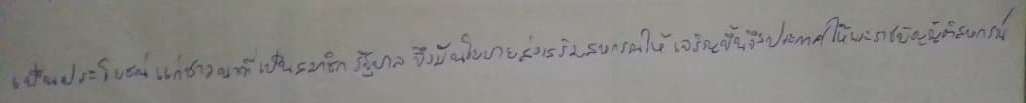
เป็นประโยชน์แก่ชาวนาที่เป็นสมาชิกรัฐบาลจึงมีนโยบายส่งเสริมสหกรณ์ให้เจริญขึ้นจึงประกาศใช้พระราชบัญญัติสหกรณ์